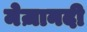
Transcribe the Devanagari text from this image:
मेज़ानदी